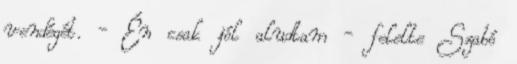
vendégét. - Én csak jól aludtam - felelte Szabó